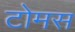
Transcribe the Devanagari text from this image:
टोमस